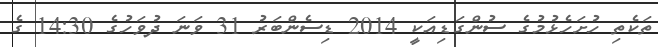
ތަކެތި ހުށަހެޅުމުގެ ސުންގަޑިއަކީ 2014 ޑިސެންބަރު 31 ވަނަ ދުވަހުގެ 14:30 ގެ